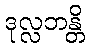
ဒုလ္လဘန္တိ